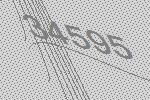
34595